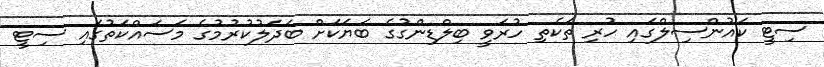
ސިޓީ ކައުންސިލްގައި ހުރި ތަކެތި ހުރަވީ ބިލްޑިންގުގެ ބަޔަކަށް ބަދަލުކުރުުމުގެ މަސައްކަތުގައި ސިޓީ